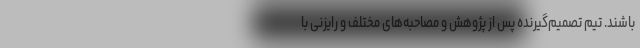
باشند. تیم تصمیم‌گیرنده پس از پژوهش و مصاحبه‌های مختلف و رایزنی با